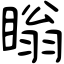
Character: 瞈